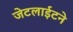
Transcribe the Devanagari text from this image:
जेटलाईटने